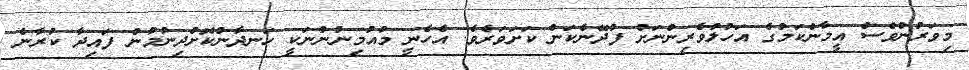
މިވަރުންވެސް އީމާންކަމުގެ އަހުލުވެރިންނަށް ފުދޭނެކަން ކަށަވަރެވެ. އެހެނީ މުއުމިނުންނަކީ ހަނދާންކޮށްދިނުމުން ފައިދާ ކުރާނެ